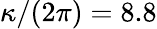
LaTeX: \kappa/(2\pi)=8.8